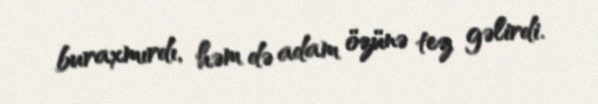
buraxmırdı, həm də adam özünə tez gəlirdi.